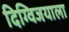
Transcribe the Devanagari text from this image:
दिग्विजयाला